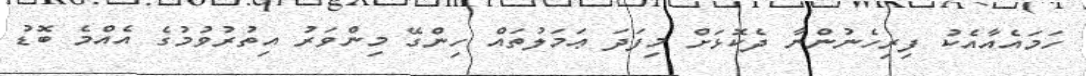
ހަމައެއާއެކު ފިރިހެނުންނާ ދެކޮޅަށް މިފަދަ ޢަމަލުތައް ހިންގޭ މިންވަރު އިތުރުވުމުގެ އެއްމެ ބޮޑު